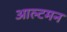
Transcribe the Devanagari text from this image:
आल्टमन